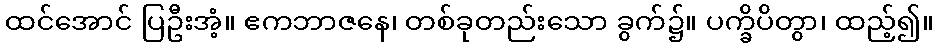
ထင်အောင် ပြဦးအံ့။ ဧကဘာဇနေ၊ တစ်ခုတည်းသော ခွက်၌။ ပက္ခိပိတွာ၊ ထည့်၍။